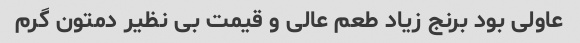
عاولی بود برنج زیاد طعم عالی و قیمت بی نظیر دمتون گرم